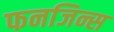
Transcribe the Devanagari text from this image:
फनजिन्स